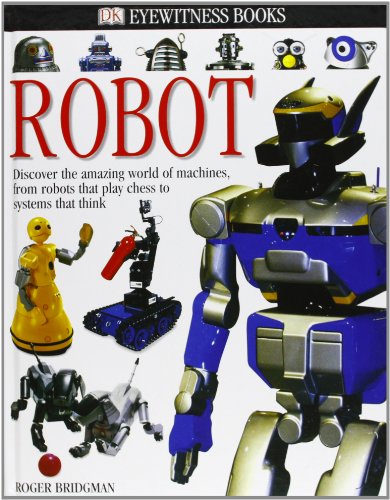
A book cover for DK Eyewitness Books: Robot; Roger Bridgman; Children's Books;